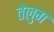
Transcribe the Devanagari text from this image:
तेलुग